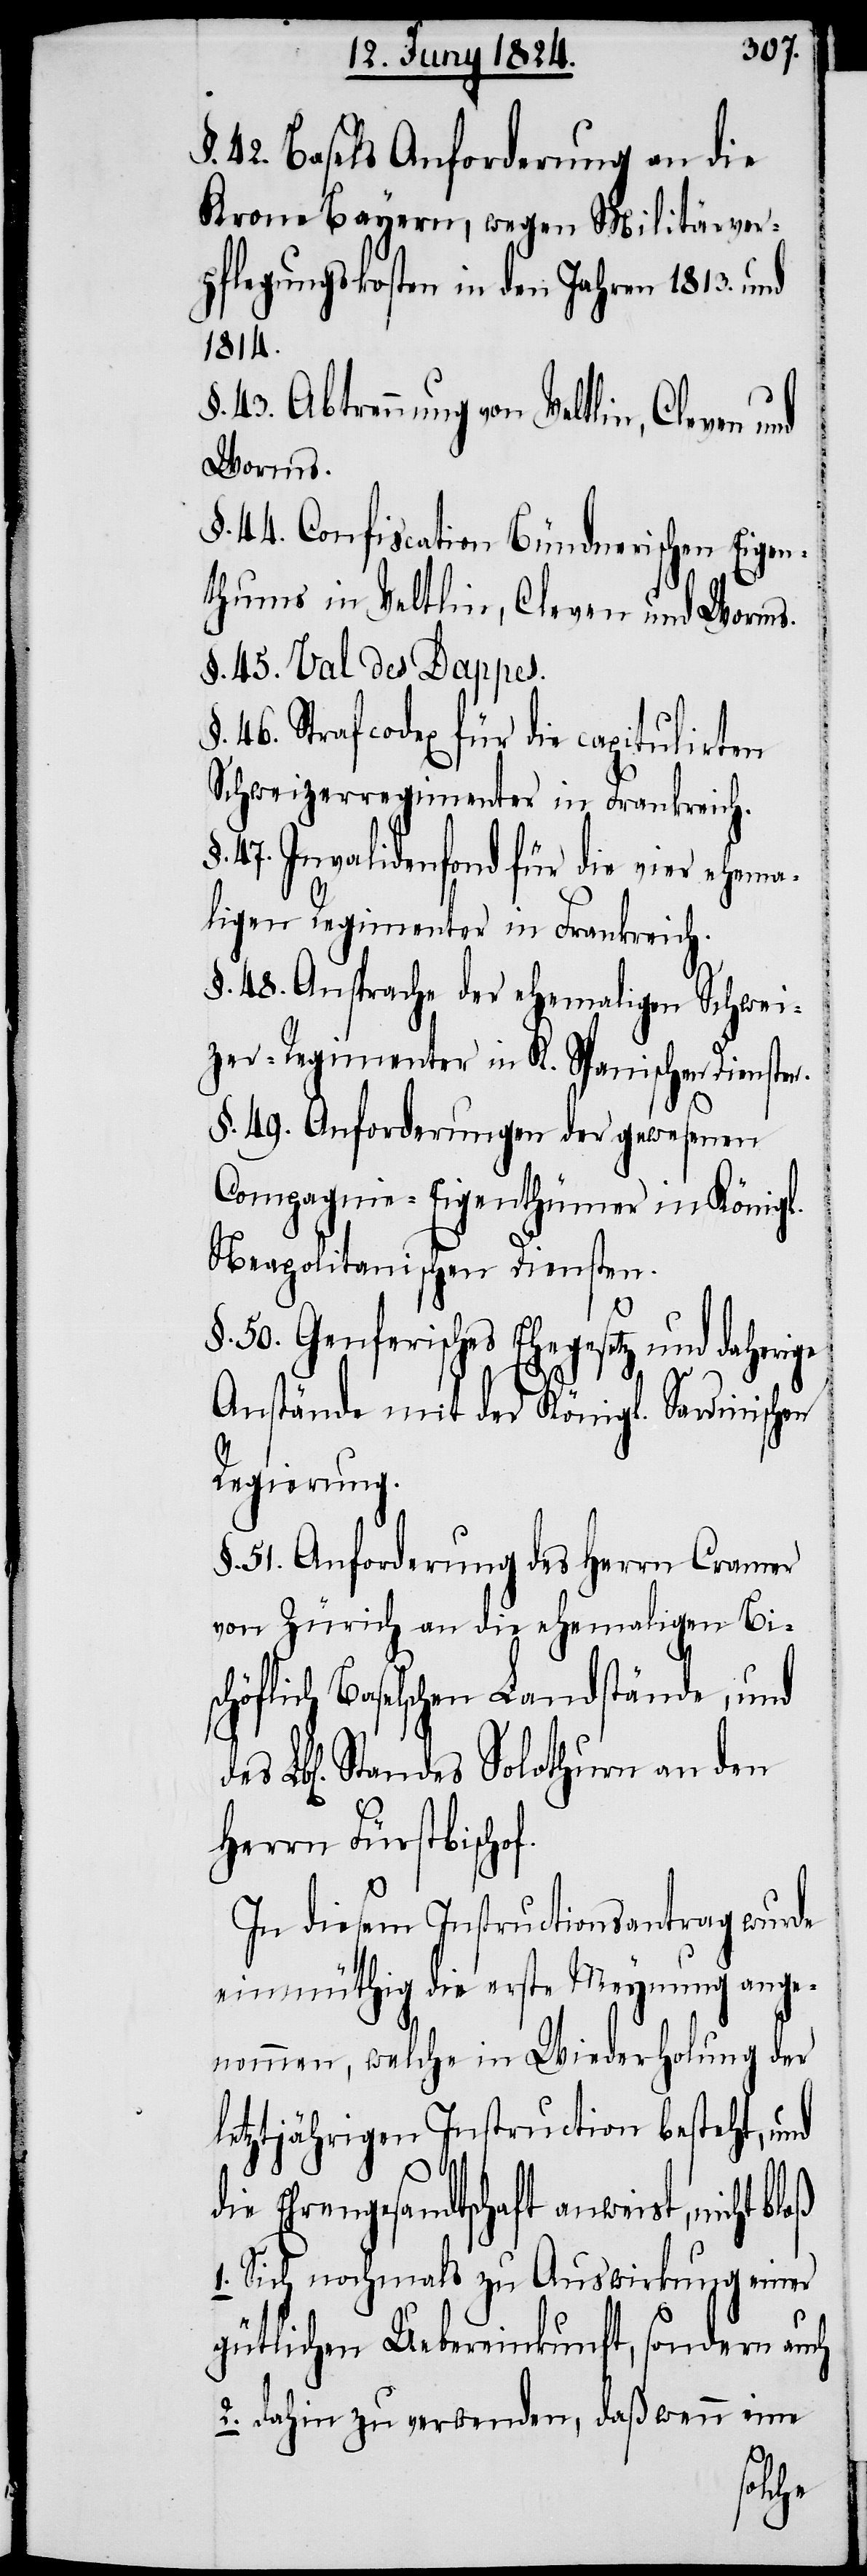
§. 42. Basels Anforderung an die
Krone Bayern, wegen Militärver¬
pflegungskosten in den Jahren 1823. und
1814.
§. 43. Abtrennung von Veltlin, Cleven und
Worms.
§. 44. Confiscation Bündnerischen Eigen¬
thums in Veltlin, Cleven und Worms.
§. 45. Val des Dappes.
§. 46. Strafcodex für die capitulirten
Schweizerregimenter in Frankreich.
§. 47. Invalidenfond für die vier ehema¬
ligen Regimenter in Frankreich.
§. 48. Ansprache der ehemaligen Schwei¬
zer-Regimenter in K. Spanischen Diensten.
§. 49. Anforderungen der gewesenen
Compagnie-Eigenthümer in Königl.
Neapolitanischen Diensten.
§. 50. Genferisches Ehegesetz und daher¬
Anstände mit der Königl. Sardinischen
Regierung.
§. 51. Anforderung des Herrn Cramer
von Zürich an die ehemaligen Bis¬
chöflich Baselschen Landstände, und
Standes Solothurn an den
Herrn Fürstbischof.
In diesem Instructionsantrag wurde
einmüthig die erste Meynung ange¬
nommen, welche in Wiederholung der
letztjährigen Instruction besteht, und
Ehrengesandtschaft anweist,
Sich nochmals zu Auswirkung einer
gütlichen Uebereinkunft, sondern auch
2.) dahin zu verwenden, daß wenn eine
ige